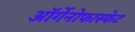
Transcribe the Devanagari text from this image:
ऑर्गेनोफास्फेट